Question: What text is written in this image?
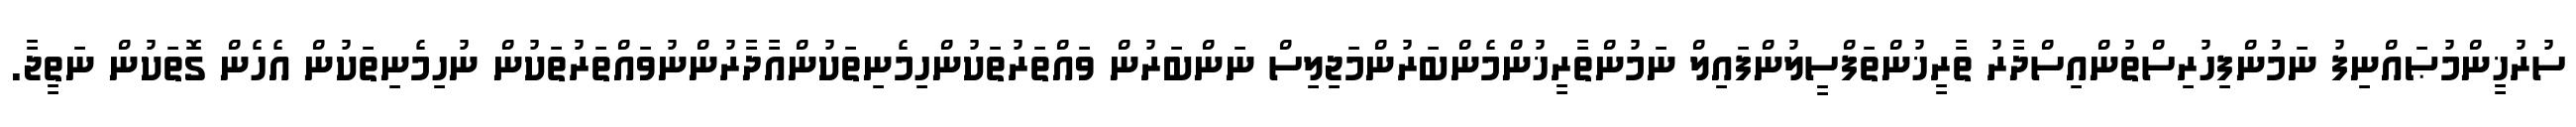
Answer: ސުރުޚީންމުޞައްނިފު ނަމުންފިހުރިސްތުންއިސްދާރު ތާރީޚުންތަފްސީލުންފައިލް ނަމުންތާރީޚުންމެންބަރުންމަޖިލިސް ނަންބަރުން ވައްތަރުތަކުންހިމެނިތަކުންއާދާރުންނުވައްތަރުތަކުން ނުހިމެނިތަކުން އެހެން ގޮތަކުން ނަތީޖާ.